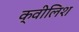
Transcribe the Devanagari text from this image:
क्वीलिश